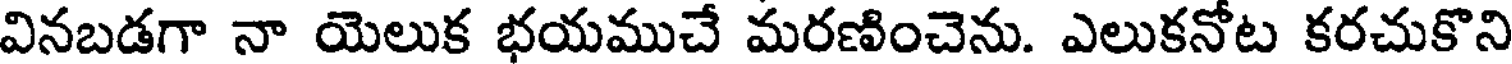
వినబడగా నా యెలుక భయముచే మరణించెను. ఎలుకనోట కరచుకొని